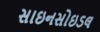
સાઇનસોઇડલ